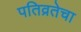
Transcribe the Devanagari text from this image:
पतिव्रतेचा